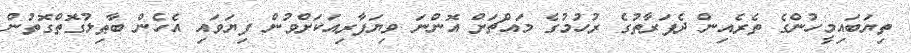
ތިޔަބައިމީހުންގެ ތެރެއިން ދެފަރާތުގެ ރުހުމުގެ މައްޗަށް އޮންނަ ވިޔަފާރިއަކަށްވުން ފިޔަވައި އެހެން ބާޠިލުގޮތްގޮތުން